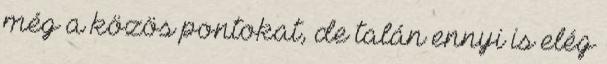
még a közös pontokat, de talán ennyi is elég